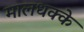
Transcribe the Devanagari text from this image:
मालधक्के